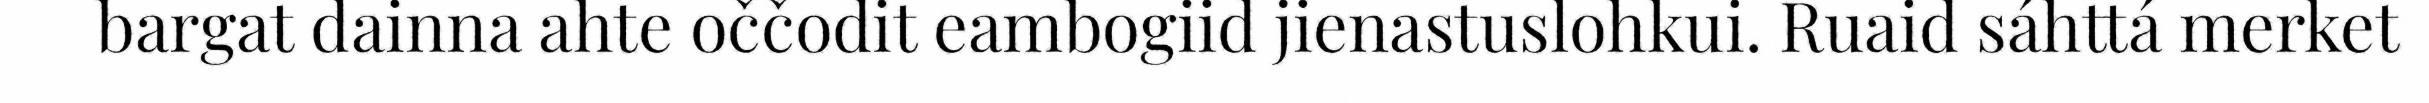
bargat dainna ahte oččodit eambogiid jienastuslohkui. Ruaid sáhttá merket